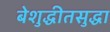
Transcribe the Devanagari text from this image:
बेशुद्धीतसुद्धा